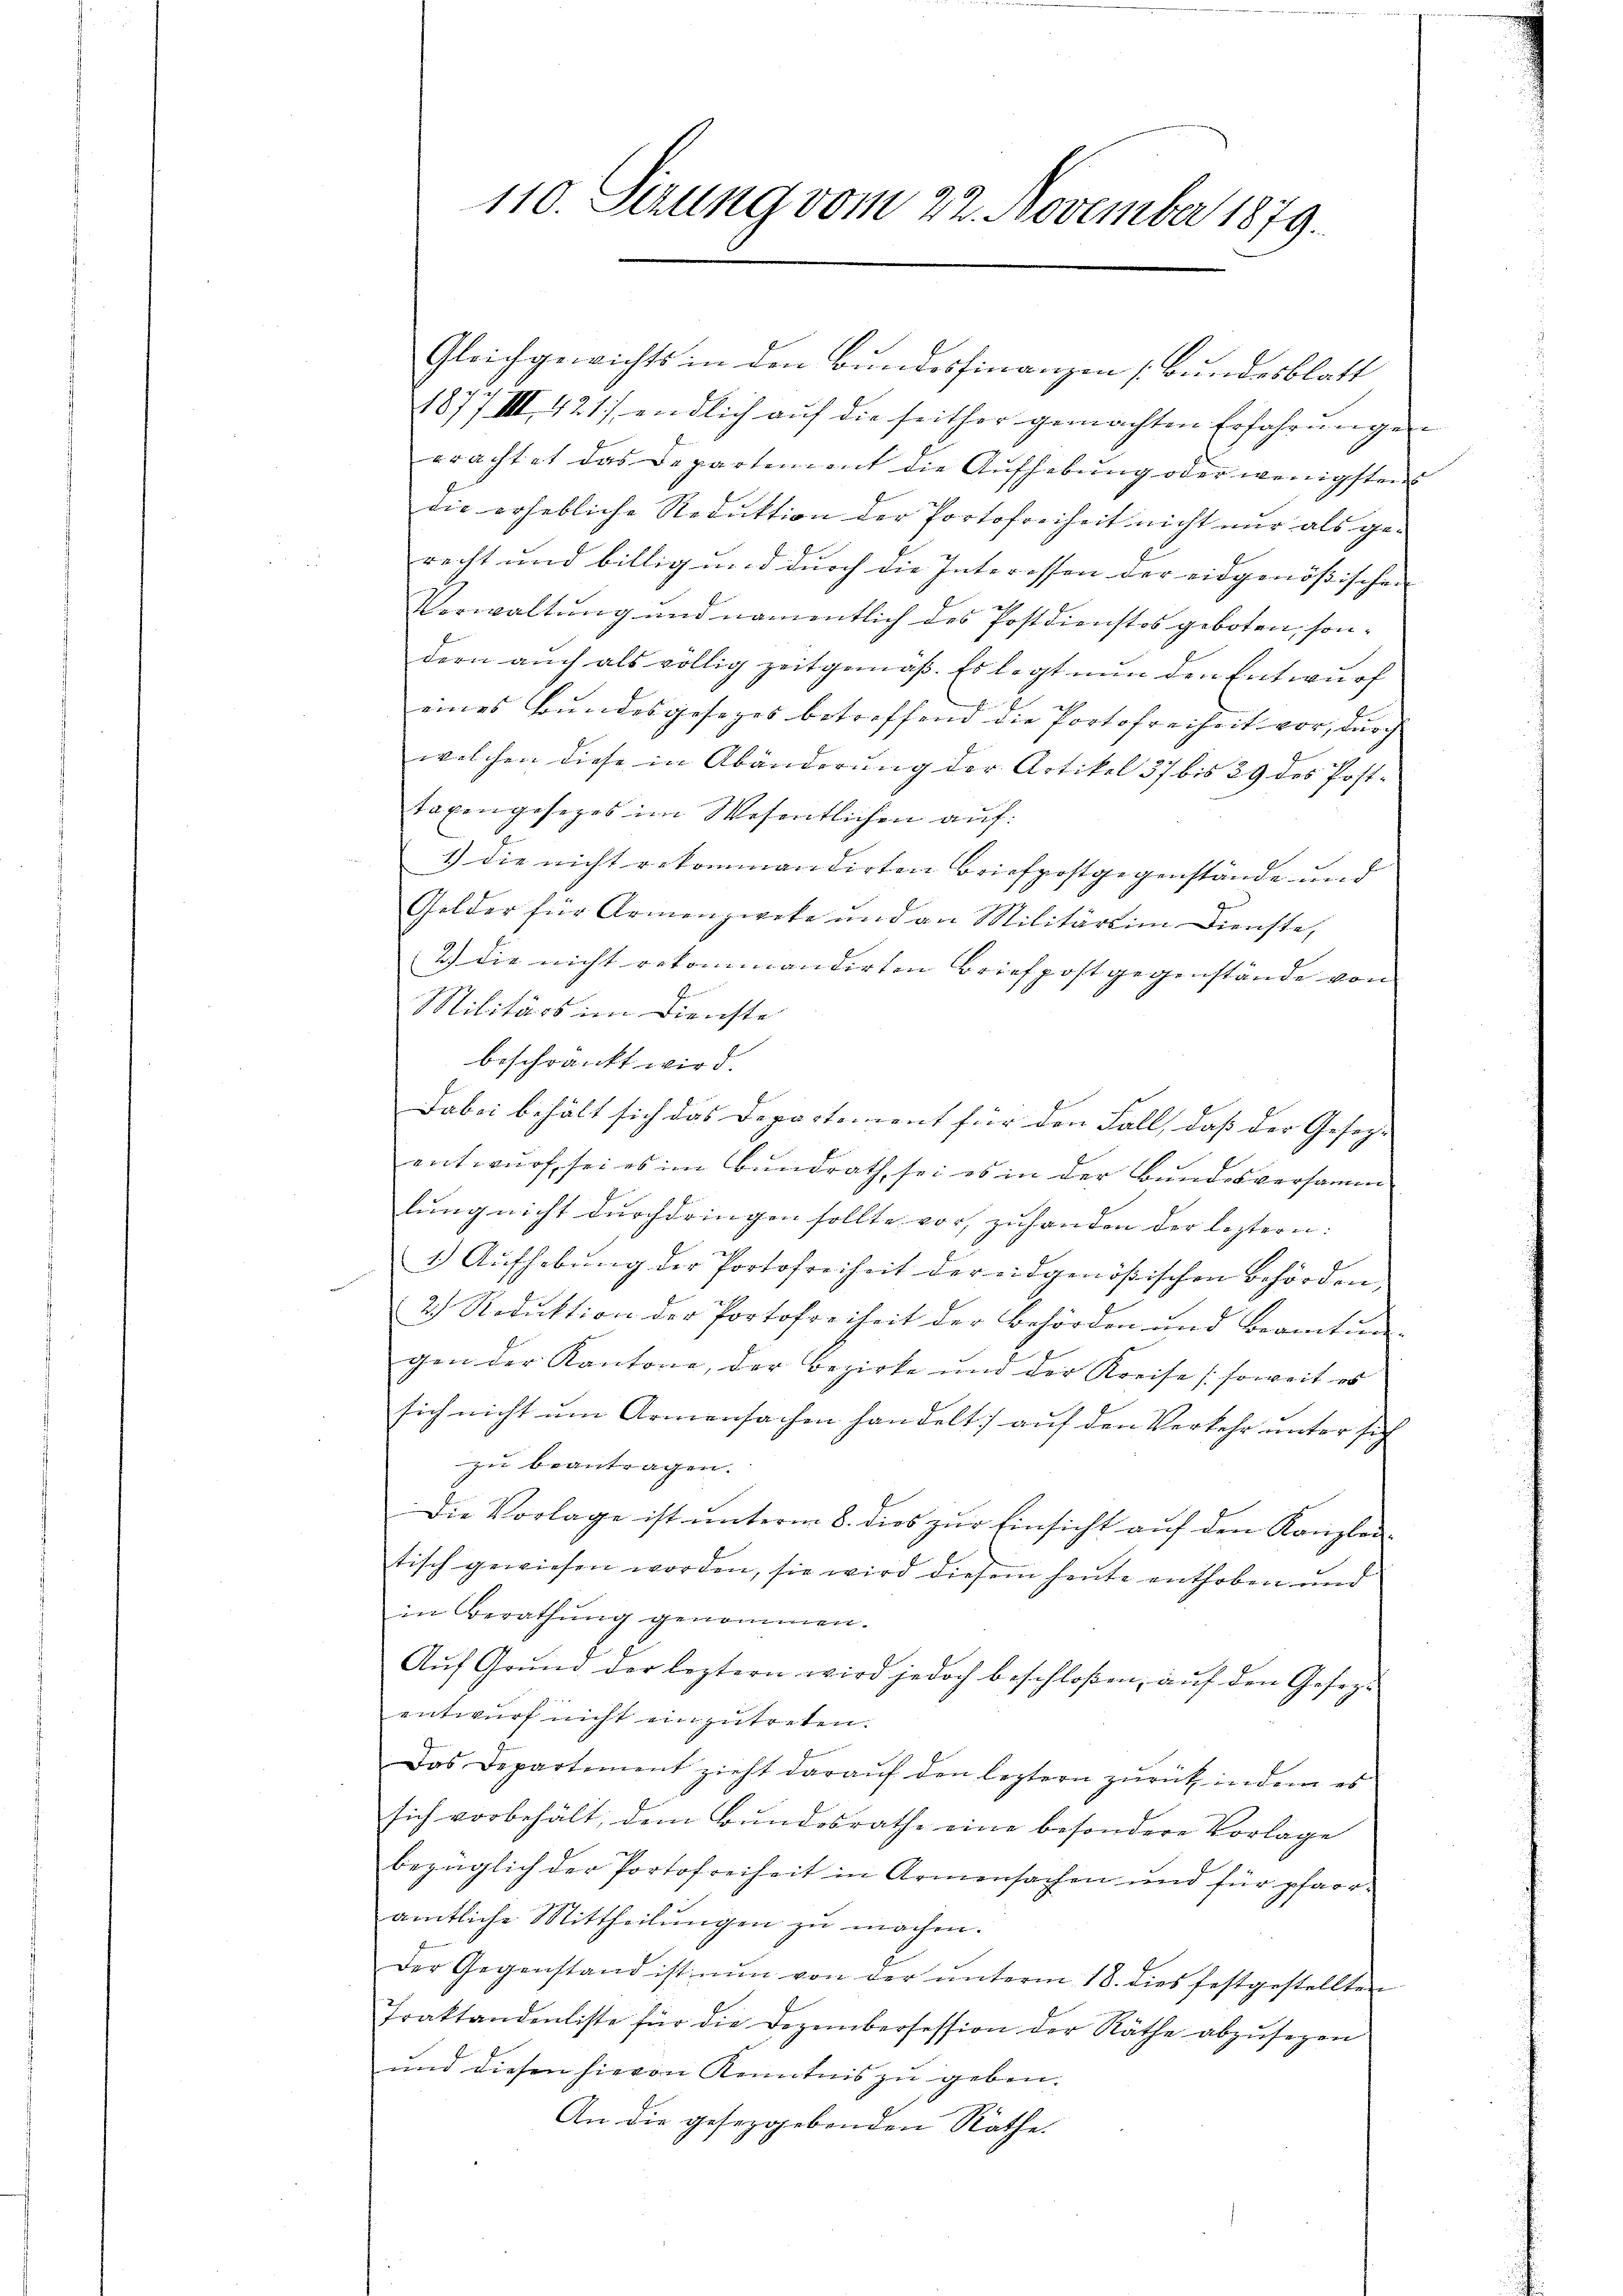
110. Sizung vom 22. November 1879.

Gleichgewichts in den Bundesfinanzen (Bundesblatt
1877 VIII 421. endlich aŭf die seither gemachten Erfahrŭngen
erachtet das Departement die Aufhebung oder wenigstens
die erhebliche Reduktion der Portofreiheit nicht nur als ge-
recht und billig und durch die Interessen der eidgenößischen
Vorwaltung und namentlich des Postdienstos geboten, sondern auch als völlig zeitgemäß. Es legt nun den Entwurf |
eines Bundesgesezes betreffend die Portofreiheit vor, durch
welchen diese in Abänderung der Artikel 37 bis 29 des Posttaxengesezes im Wesentlichen auf:
3) die nicht rekommandirten Briefpostgegenstände und
Gelder für Armenzweke und an Militärtin Dienste,
2.) die nicht rekommandirten Briefpost gegenstände von
Militärs im Dienste
beschränkt wird.
Dabei behält sich das Departement für den Fall, daß der Geseg- |
entwurf sei es im Bundrath sei es in der Bundesversamm
lung nicht durchdringen sollte vor, zuhanden der leztern:
1.) Aufhebŭng der Portofreiheit der eidgenößischen Behörden,
2) Reduktion der Portofreiheit der Behörden und Beamtun
gen der Kantone, der Bezirke und der Kreise (soweit es
sich nicht um Armensachen handelt) auf den Verkehr unter sich
zu beantragen.
Die Vorlage ist unterm 8. dies zur Einsicht auf den Kanzlei-
tisch gewiesen worden, sie wird diesem heute enthoben und
in Berathung genommen.
Aŭf Grŭnd der leztern wird jedoch beschloßen, aŭf den Gesezentwurf nicht einzutreten.
Das Departement zieht darauf den leztern zurück indem es
sich vorbehält, dem Bundesrathe eine besondere Vorlage
bezüglich der Portofreiheit in Armensachen und für pfarramtliche Mittheilungen zu machen.
Der Gegenstand ist nun von der ŭnterm 18. dies festgestellten
Traktandenliste für die Dezembersession der Räthe abzŭsezen
und diesen hievon Kenntnis zu geben.
An die gesezgebenden Räthe.